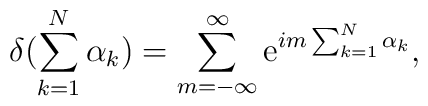
\delta(\sum_{k=1}^N \alpha_k) = \sum_{m=-\infty}^{\infty} \mbox{e}^{ im \sum_{k=1}^N \alpha_k},